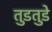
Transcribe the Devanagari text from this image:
तुडतुडे